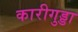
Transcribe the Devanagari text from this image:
कारीगुड्डा